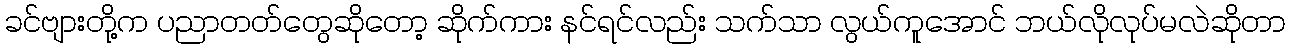
ခင်ဗျားတို့က ပညာတတ်တွေဆိုတော့ ဆိုက်ကား နင်ရင်လည်း သက်သာ လွယ်ကူအောင် ဘယ်လိုလုပ်မလဲဆိုတာ